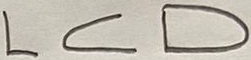
Text: LCD